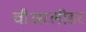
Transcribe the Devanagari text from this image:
चीअरलीडर